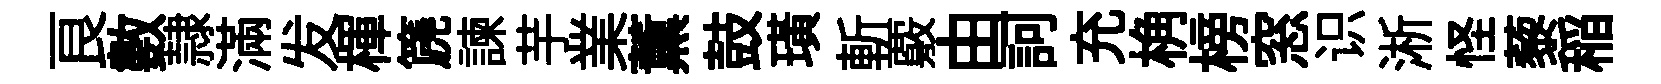
良數隷滿发楎篪諫芋業薫鼓璜斬覈由訶充桷榜窓识淅怪藜稲